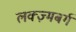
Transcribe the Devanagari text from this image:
लक्ज़्मबर्ग